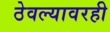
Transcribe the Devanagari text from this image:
ठेवल्यावरही